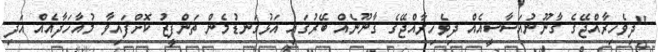
"ދިވެހިރާއްޖޭގެ ގާނޫނުއަސާސީއެއް ދިވެހިރާއްޖޭގެ ގާނޫނެއް ބޭރުގައި އަޅުގަނޑުމެން ތަންފީޒު ކޮށްފައިވާ މުއާހަދާއެއް އަދި